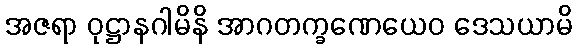
အဇရာ ဝုဋ္ဌာနဂါမိနိ အာဂတက္ခဏေယေဝ ဒေသယာမိ